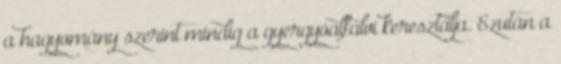
a hagyomány szerint mindig a gyergyóalfalvi keresztalja. Ezután a